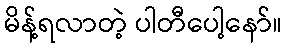
မိန့်ရလာတဲ့ ပါတီပေါ့နော်။